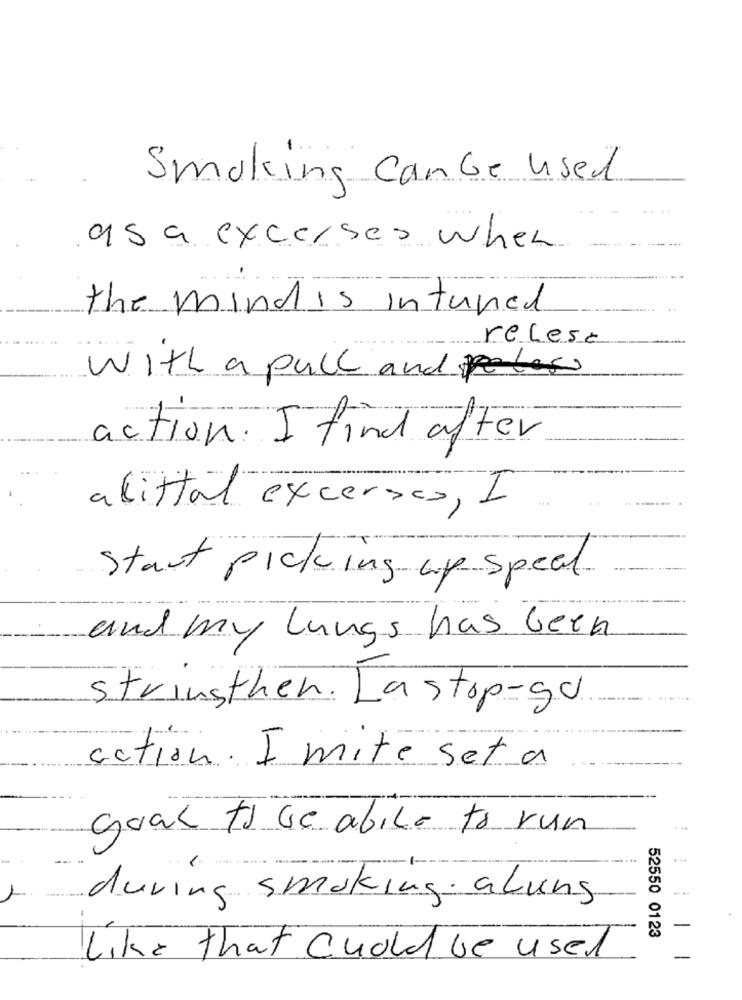
Smoking Canbe used
as a excerses when
the mindis intened
recese
WITH a pull and law
action. I find after
alittal excerses, I
Start picking up
Hp Speak
and my Lungs has been
Strinsthen. La stop-go
action. I mite set a
goal to be able to run
during smoking alung
52550 0123
Like that chold be used